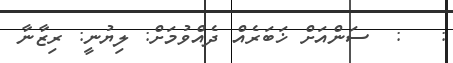
:   :  ސަންއަށް ޚަބަރެއް ދެއްވުމަށް: ލިޔުނީ: ރިޒާނާ